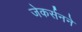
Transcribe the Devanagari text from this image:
जेकर्सनने